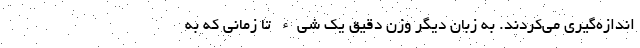
اندازه‌گیری می‌کردند. به زبان دیگر وزن دقیق یک شی‌ء تا زمانی که به